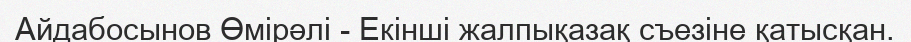
Айдабосынов Өмірәлі - Екінші жалпықазақ съезіне қатысқан.